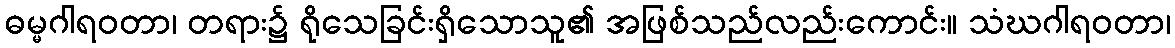
ဓမ္မဂါရဝတာ၊ တရား၌ ရိုသေခြင်းရှိသောသူ၏ အဖြစ်သည်လည်းကောင်း။ သံဃဂါရဝတာ၊